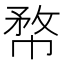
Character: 㡔